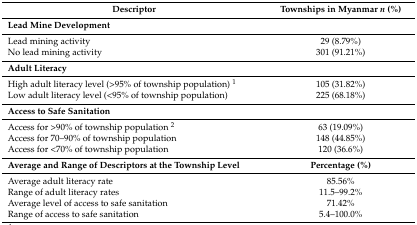
| Descriptor | Townships in Myanmar n (%) |
 | --- | --- |
 | Lead Mine Development |  |
 | Lead mining activity | 29 (8.79%) |
 | No lead mining activity | 301 (91.21%) |
 | Adult Literacy |  |
 | High adult literacy level (>95% of township population) 1 | 105 (31.82%) |
 | Low adult literacy level (<95% of township population) | 225 (68.18%) |
 | Access to Safe Sanitation |  |
 | Access for >90% of township population 2 | 63 (19.09%) |
 | Access for 70–90% of township population | 148 (44.85%) |
 | Access for <70% of township population | 120 (36.6%) |
 | Average and Range of Descriptors at the Township Level | Percentage (%) |
 | Average adult literacy rate | 85.56% |
 | Range of adult literacy rates | 11.5–99.2% |
 | Average level of access to safe sanitation | 71.42% |
 | Range of access to safe sanitation | 5.4–100.0% |